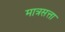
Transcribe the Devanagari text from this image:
मात्रसत्ता